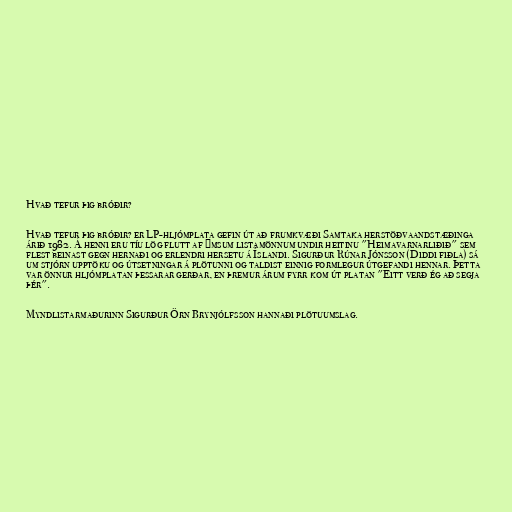
Hvað tefur þig bróðir?

Hvað tefur þig bróðir? er LP-hljómplata gefin út að frumkvæði Samtaka herstöðvaandstæðinga
árið 1982. Á henni eru tíu lög flutt af ýmsum listamönnum undir heitinu "Heimavarnarliðið" sem
flest beinast gegn hernaði og erlendri hersetu á Íslandi. Sigurður Rúnar Jónsson (Diddi fiðla) sá
um stjórn upptöku og útsetningar á plötunni og taldist einnig formlegur útgefandi hennar. Þetta
var önnur hljómplatan þessarar gerðar, en þremur árum fyrr kom út platan "Eitt verð ég að segja
þér".

Myndlistarmaðurinn Sigurður Örn Brynjólfsson hannaði plötuumslag.